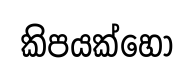
කිපයක්හෝ